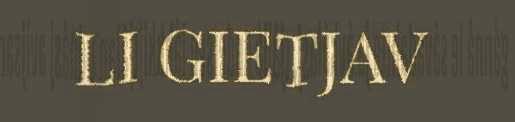
LI GIETJAV